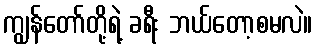
ကျွန်တော်တို့ရဲ့ ခရီး ဘယ်တော့စမလဲ။